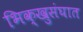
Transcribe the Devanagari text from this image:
भिक्खुसंघात